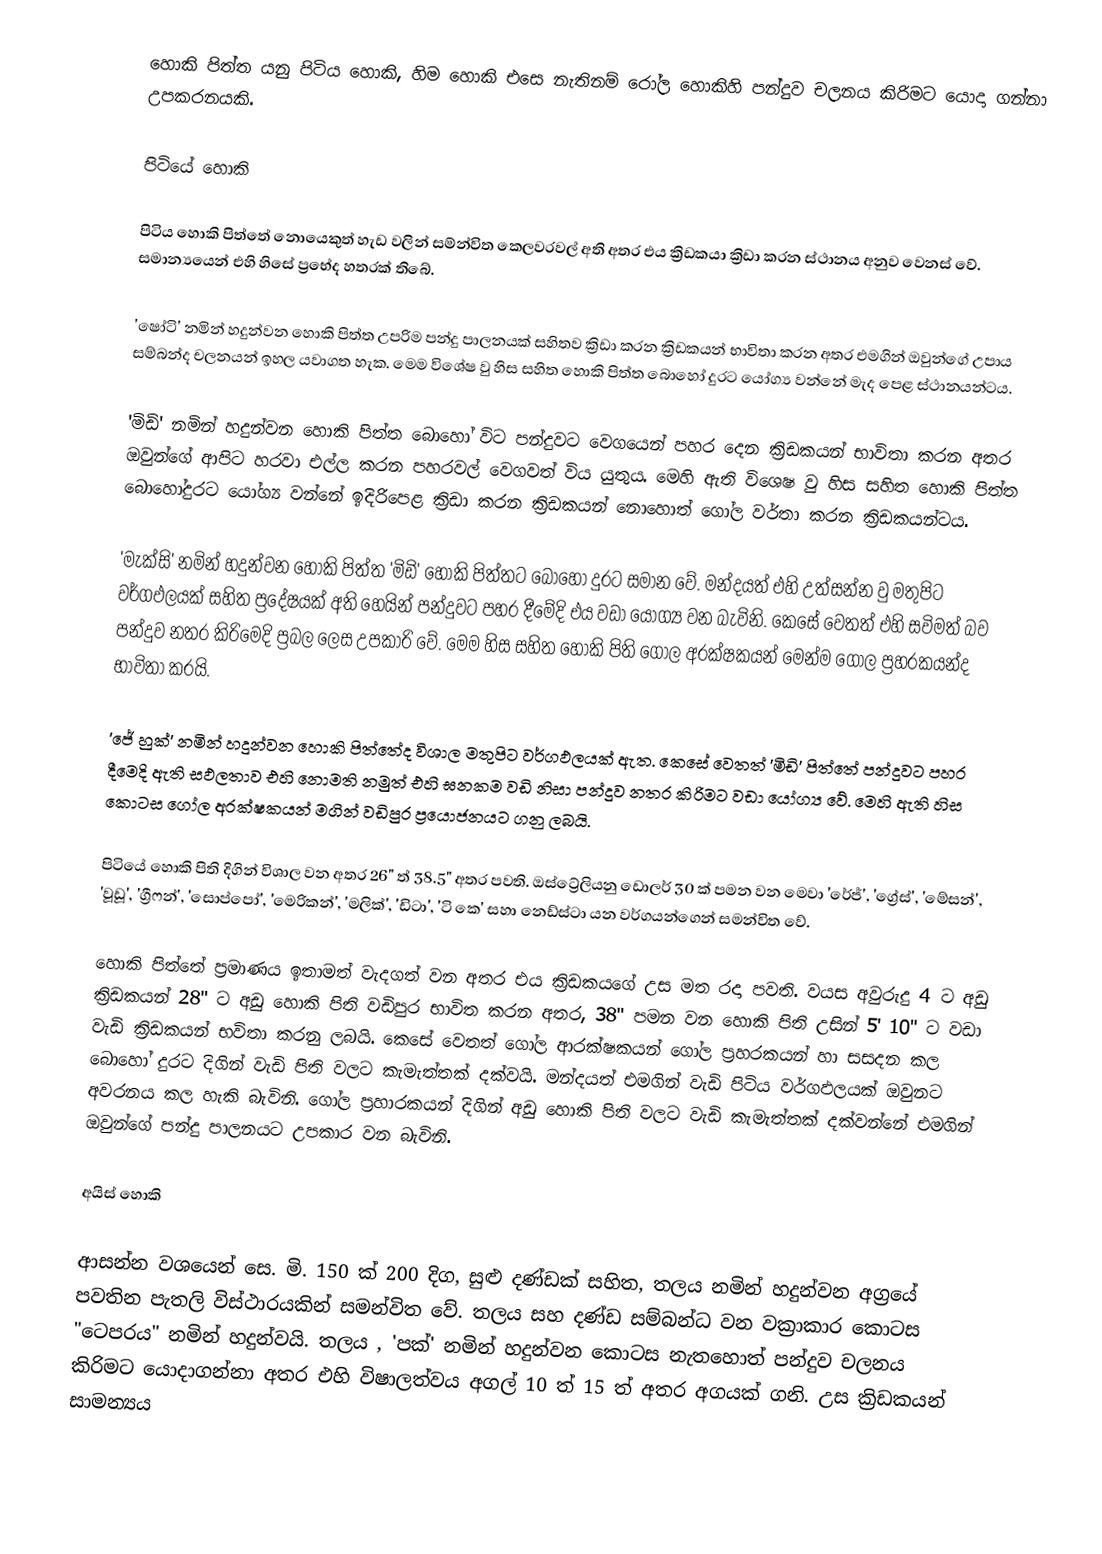
හොකි පිත්ත යනු පිටිය හොකි, හිම හොකි එසෙ නැතිනම් රෝල හොකිහි පන්දුව චලනය කිරිමට යොදා ගන්නා උපකරනයකි.

පිටියේ හොකි

පිටිය හොකි පිත්තේ නොයෙකුත් හැඩ වලින් සම්න්විත කෙලවරවල් අති අතර එය ක්‍රිඩකයා ක්‍රිඩා කරන ස්ථානය අනුව වෙනස් වේ. සමාන්‍යයෙන් එහි හිසේ ප්‍රභේද හතරක් තිබේ.

'ෂෝටි' නමින් හදුන්වන හොකි පිත්ත උපරිම පන්දු පාලනයක් සහිතව ක්‍රිඩා කරන ක්‍රිඩකයන් භාවිතා කරන අතර එමගින් ඔවුන්ගේ උපාය සම්බන්ද චලනයන් ඉහල යවාගත හැක. මෙම විශේෂ වු හිස සහිත හොකි පිත්ත බොහෝ දුරට යෝග්‍ය වන්නේ මැද පෙළ ස්ථානයන්ටය.

'මිඩි' නමින් හදුන්වන හොකි පිත්ත බොහෝ විට පන්දුවට වෙගයෙන් පහර දෙන ක්‍රිඩකයන් භාවිතා කරන අතර ඔවුන්ගේ ආපිට හරවා එල්ල කරන පහරවල් වෙගවත් විය යුතුය. මෙහි ඇති විශෙෂ වු හිස සහිත හොකි පිත්ත බොහෝදුරට යෝග්‍ය වන්නේ ඉදිරිපෙළ ක්‍රිඩා කරන ක්‍රිඩකයන් නොහොත් ගෝල වර්තා කරන ක්‍රිඩකයන්ටය.

'මැක්සි' නමින් හදුන්වන හොකි පිත්ත 'මිඩි' හොකි පිත්තට බොහො දුරට සමාන වේ. මන්දයත් එහි උත්සන්න වු මතුපිට වර්ගඵලයක් සහිත ප්‍රදේෂයක් අති හෙයින් පන්දුවට පහර දීමේදි එය වඩා යෝග්‍ය වන බැවිනි. කෙසේ වෙතත් එහි සවිමත් බව පන්දුව නතර කිරිමෙදි ප්‍රබල ලෙස උපකාරි වේ. මෙම හිස සහිත හොකි පිති ගෝල අරක්ෂකයන් මෙන්ම ගෝල ප්‍රහරකයන්ද භාවිතා කරයි.

'ජේ හුක්' නමින් හදුන්වන හොකි පිත්තේද විශාල මතුපිට වර්ගඵලයක් ඇත. කෙසේ වෙතත් 'මිඩි' පිත්තේ පන්දුවට පහර දීමෙදි ඇති සඵලතාව එහි නොමති නමුත් එහි ඝනකම වඩි නිසා පන්දුව නතර කිරිමට වඩා යෝග්‍ය වේ. මෙහි ඇති හිස කොටස ගෝල අරක්ෂකයන් මගින් වඩිපුර ප්‍රයොජනයට ගනු ලබයි.

පිටියේ හොකි පිති දිගින් විශාල වන අතර 26" ත් 38.5" අතර පවති. ඔස්ට්‍රේලියනු ඩොලර් 30 ක් පමන වන මෙවා 'රේජ්', 'ග්‍රේස්', 'මේසන්', 'වූඩූ', 'ග්‍රීෆන්', 'සොප්පෝ', 'මෙරිකන්', 'මලික්', 'ඩිටා', 'ටි කෙ' සහා නෙඩ්ස්ටා යන වර්ගයන්ගෙන් සමන්විත වේ.

හොකි පිත්තේ ප්‍රමාණය ඉතාමත් වැදගත් වන අතර එය ක්‍රිඩකයගේ උස මත රදා පවති. වයස අවුරුදු 4 ට අඩු ක්‍රිඩකයන් 28" ට අඩු හොකි පිති වඩිපුර භාවිත කරන අතර, 38" පමන වන හොකි පිති උසින් 5' 10" ට වඩා වැඩි ක්‍රිඩකයන් භවිතා කරනු ලබයි. කෙසේ වෙතත් ගෝල ආරක්ෂකයන් ගෝල ප්‍රහරකයන් හා සසදන කල බොහෝ දුරට දිගින් වැඩි පිති වලට කැමැත්තක් දක්වයි. මන්දයත් එමගින් වැඩි පිටිය වර්ගඵලයක් ඔවුනට අවරනය කල හැකි බැවිනි. ගෝල ප්‍රහාරකයන් දිගින් අඩු හොකි පිති වලට වැඩි කැමැත්තක් දක්වන්නේ එමගින් ඔවුන්ගේ පන්දු පාලනයට උපකාර වන බැවිනි.

අයිස් හොකි

ආසන්න වශයෙන් සෙ. මි. 150 ක් 200 දිග, සුළු දණ්ඩක් සහිත, තලය නමින් හදුන්වන අග්‍රයේ පවතින පැතලි විස්ථාරයකින් සමන්විත වේ. තලය සහ දණ්ඩ සම්බන්ධ වන වක්‍රාකාර කොටස "ටෙපරය" නමින් හදුන්වයි. තලය , 'පක්' නමින් හදුන්වන කොටස නැතහොත් පන්දුව චලනය කිරිමට යොදාගන්නා අතර එහි විෂාලත්වය අගල් 10 ත් 15 ත් අතර අගයක් ගනි. උස ක්‍රිඩකයන් සාමන්‍යය